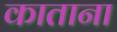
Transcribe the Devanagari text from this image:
काताना